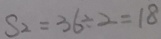
S _ { 2 } = 3 6 \div 2 = 1 8